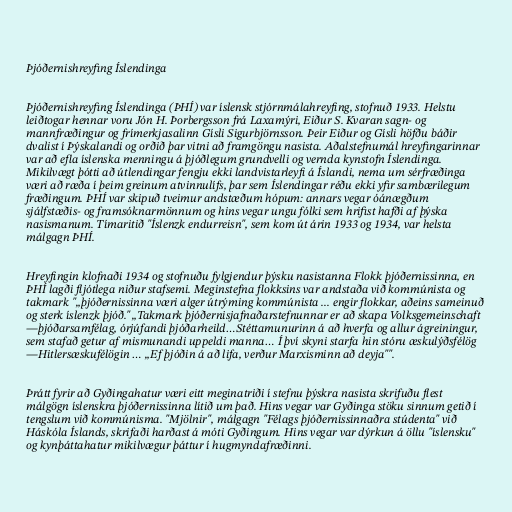
Þjóðernishreyfing Íslendinga

Þjóðernishreyfing Íslendinga (ÞHÍ) var íslensk stjórnmálahreyfing, stofnuð 1933. Helstu
leiðtogar hennar voru Jón H. Þorbergsson frá Laxamýri, Eiður S. Kvaran sagn- og
mannfræðingur og frímerkjasalinn Gísli Sigurbjörnsson. Þeir Eiður og Gísli höfðu báðir
dvalist í Þýskalandi og orðið þar vitni að framgöngu nasista. Aðalstefnumál hreyfingarinnar
var að efla íslenska menningu á þjóðlegum grundvelli og vernda kynstofn Íslendinga.
Mikilvægt þótti að útlendingar fengju ekki landvistarleyfi á Íslandi, nema um sérfræðinga
væri að ræða í þeim greinum atvinnulífs, þar sem Íslendingar réðu ekki yfir sambærilegum
fræðingum. ÞHÍ var skipuð tveimur andstæðum hópum: annars vegar óánægðum
sjálfstæðis- og framsóknarmönnum og hins vegar ungu fólki sem hrifist hafði af þýska
nasismanum. Tímaritið "Íslenzk endurreisn", sem kom út árin 1933 og 1934, var helsta
málgagn ÞHÍ.

Hreyfingin klofnaði 1934 og stofnuðu fylgjendur þýsku nasistanna Flokk þjóðernissinna, en
ÞHÍ lagði fljótlega niður stafsemi. Meginstefna flokksins var andstaða við kommúnista og
takmark "„þjóðernissinna væri alger útrýming kommúnista ... engir flokkar, aðeins sameinuð
og sterk íslenzk þjóð." „Takmark þjóðernisjafnaðarstefnunnar er að skapa Volksgemeinschaft
—þjóðarsamfélag, órjúfandi þjóðarheild…Stéttamunurinn á að hverfa og allur ágreiningur,
sem stafað getur af mismunandi uppeldi manna… Í því skyni starfa hin stóru æskulýðsfélög
—Hitlersæskufélögin … „Ef þjóðin á að lifa, verður Marxisminn að deyja"".

Þrátt fyrir að Gyðingahatur væri eitt meginatriði í stefnu þýskra nasista skrifuðu flest
málgögn íslenskra þjóðernissinna lítið um það. Hins vegar var Gyðinga stöku sinnum getið í
tengslum við kommúnisma. "Mjölnir", málgagn "Félags þjóðernissinnaðra stúdenta" við
Háskóla Íslands, skrifaði harðast á móti Gyðingum. Hins vegar var dýrkun á öllu "íslensku"
og kynþáttahatur mikilvægur þáttur í hugmyndafræðinni.